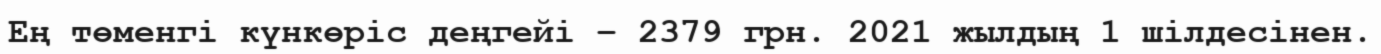
Ең төменгі күнкөріс деңгейі – 2379 грн. 2021 жылдың 1 шілдесінен.